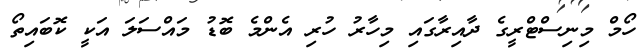
ހޯމް މިނިސްޓްރީގެ ދާއިރާގައި މިހާރު ހުރި އެންމެ ބޮޑު މައްސަލަ އަކީ ކޮބައިތޯ